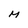
Character: M